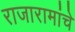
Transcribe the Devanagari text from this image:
राजारामांचे